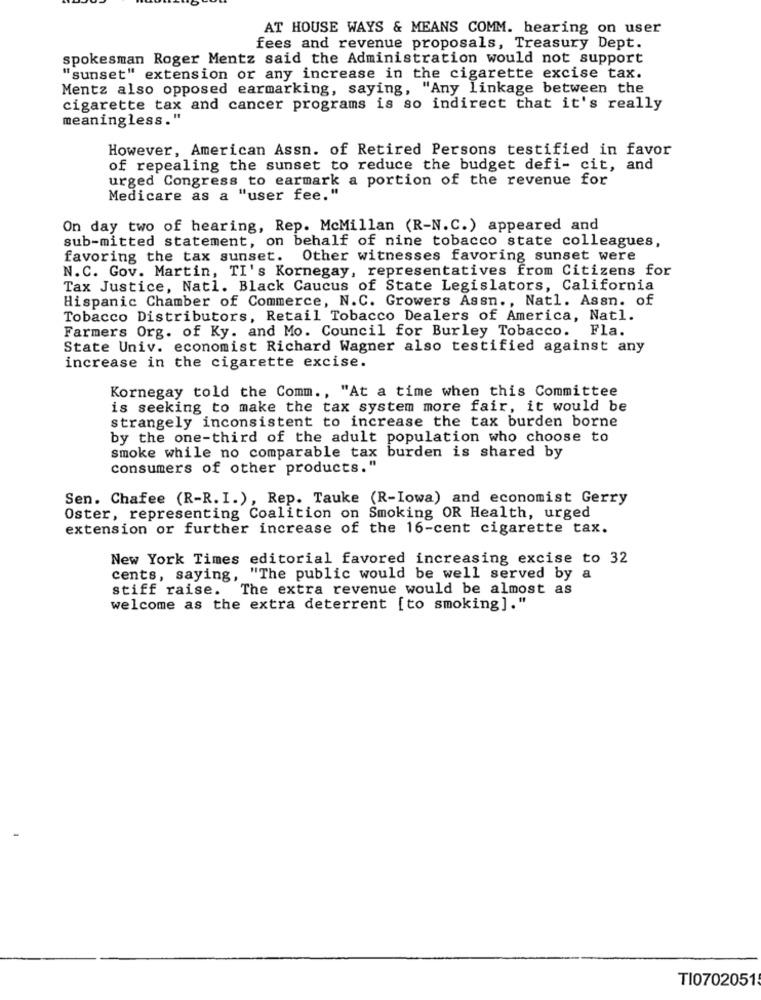
AT HOUSE WAYS & MEANS COMM. hearing on user
fees and revenue proposals, Treasury Dept.
spokesman Roger Mentz said the Administration would not support
"sunset" extension or any increase in the cigarette excise tax.
Mentz also opposed earmarking, saying, "Any linkage between the
cigarette tax and cancer programs is so indirect that it's really
meaningless."
However, American Assn. of Retired Persons testified in favor
of repealing the sunset to reduce the budget defi- cit, and
urged Congress to earmark a portion of the revenue for
Medicare as a "user fee."
On day two of hearing, Rep. McMillan (R-N.C.) appeared and
sub-mitted statement, on behalf of nine tobacco state colleagues,
favoring the tax sunset. Other witnesses favoring sunset were
N.C. Gov. Martin, TI's Kornegay, representatives from Citizens for
Tax Justice, Natl. Black Caucus of State Legislators, California
Hispanic Chamber of Commerce, N.C. Growers Assn ., Natl. Assn. of
Tobacco Distributors, Retail Tobacco Dealers of America, Natl.
Farmers Org. of Ky. and Mo. Council for Burley Tobacco. Fla.
State Univ. economist Richard Wagner also testified against any
increase in the cigarette excise.
Kornegay told the Comm ., "At a time when this Committee
is seeking to make the tax system more fair, it would be
strangely inconsistent to increase the tax burden borne
by the one-third of the adult population who choose to
smoke while no comparable tax burden is shared by
consumers of other products."
Sen. Chafee (R-R. I.), Rep. Tauke (R-Iowa) and economist Gerry
Oster, representing Coalition on Smoking OR Health, urged
extension or further increase of the 16-cent cigarette tax.
New York Times editorial favored increasing excise to 32
cents, saying, "The public would be well served by a
stiff raise. The extra revenue would be almost as
welcome as the extra deterrent [to smoking]."
TI0702051